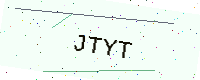
Text: JTYT